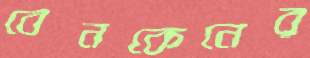
বেনকেনের